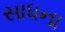
સાધના